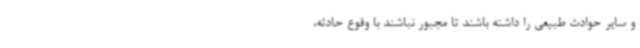
و سایر حوادث طبیعی را داشته باشند تا مجبور نباشند با وقوع حادثه،